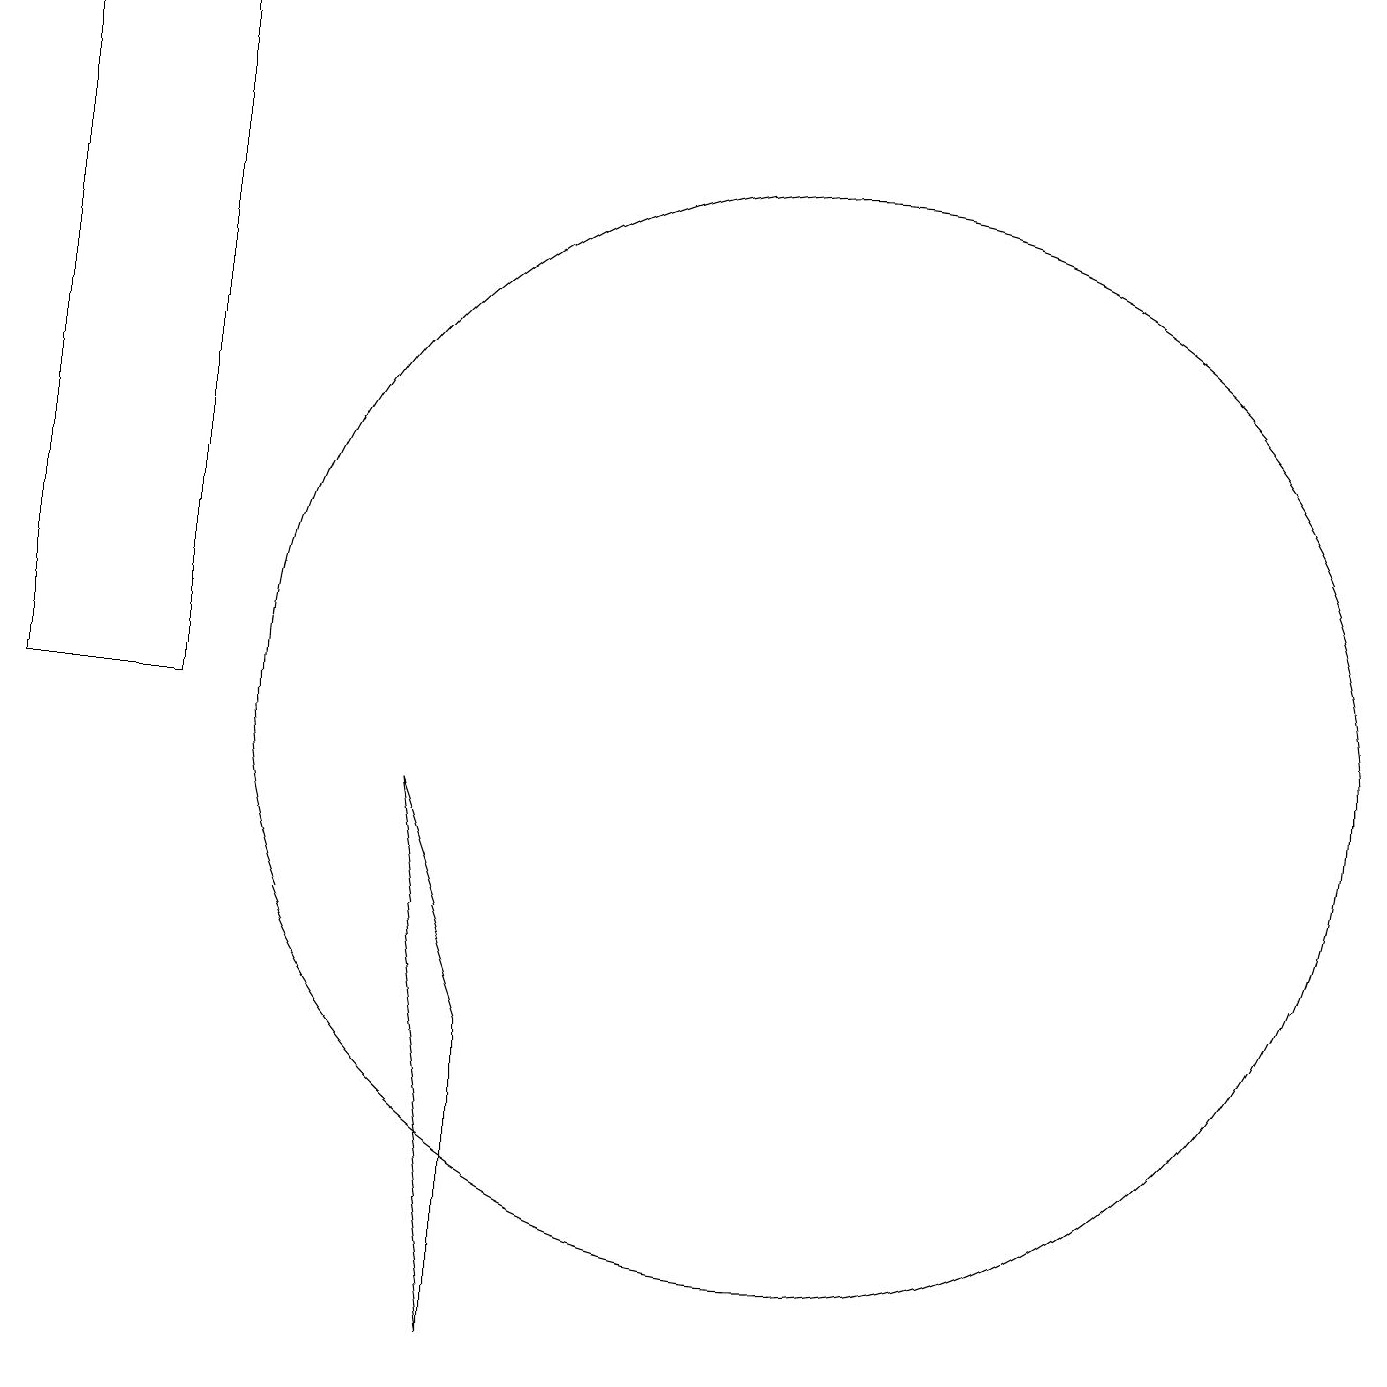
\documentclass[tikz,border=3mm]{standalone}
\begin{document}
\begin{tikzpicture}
\draw (8,2) -- (7,9) -- (8,6) -- cycle;
\draw (4,19) rectangle (2,10);
\draw (12,10) circle (7);
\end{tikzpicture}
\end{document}